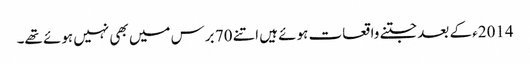
2014ء کے بعد جتنے واقعات ہوئے ہیں اتنے 70 برس میں بھی نہیں ہوئے تھے۔